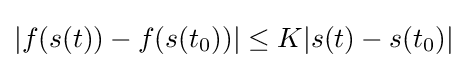
|f(s(t))-f(s(t_{0}))|\leq K|s(t)-s(t_{0})|